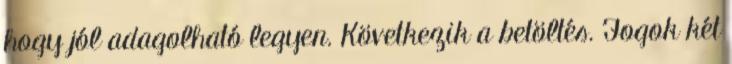
hogy jól adagolható legyen. Következik a betöltés. Fogok két